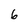
Character: 6